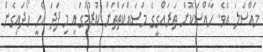
މައްސަލަ އެވެ. ހާއްސަކޮށް ތަރައްގީގެ މަސައްކަތްތަށް ކުރުމުގައި މި ފަދަ އެހީ ހޯދައިގެން